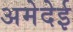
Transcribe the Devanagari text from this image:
अमेदेई